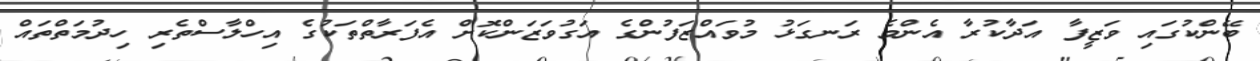
ބޭންކުގައި ވަޒީފާ އަދާކުރާ އެންމެ ރަނގަޅު މުވައްޒަފުންގެ އަގުވަޒަންކޮށް އެފަރާތްތަކުގެ އިހްލާސްތެރި ހިދުމަތްތައް